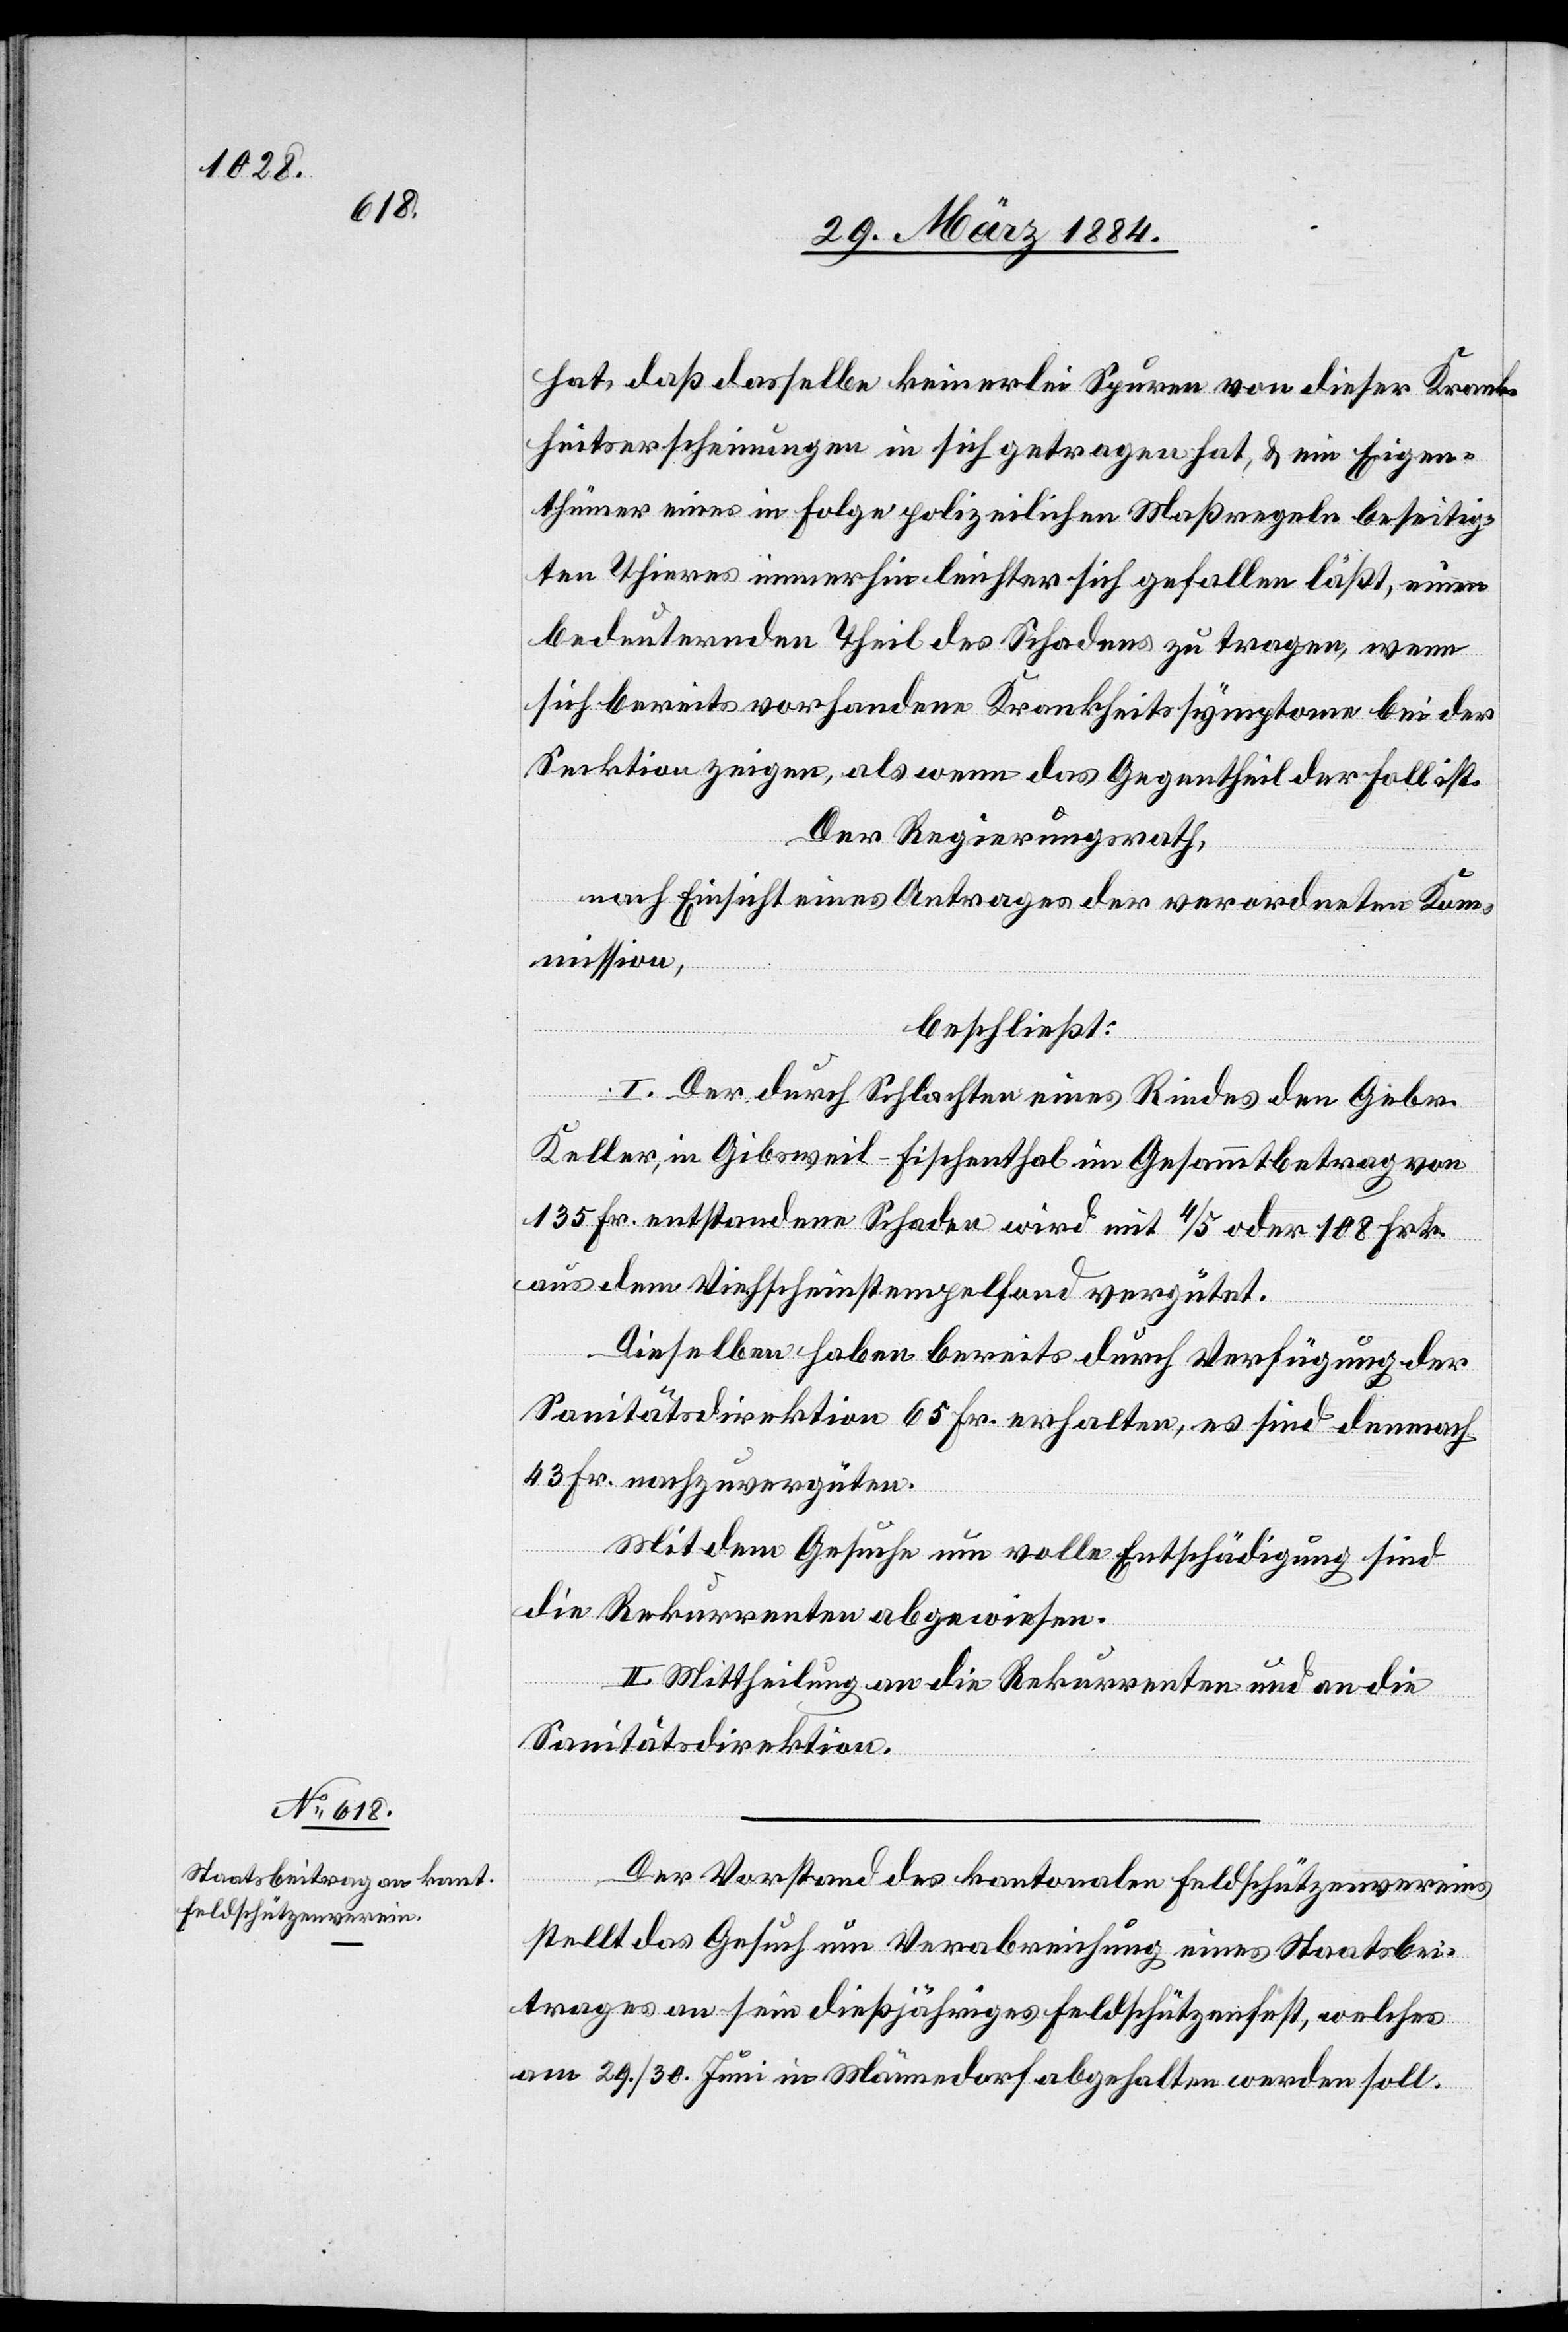
hat, daß dasselbe keinerlei Spuren von dieser Krank¬
heitserscheinung in sich getragen hat, & ein Eigen¬
thümer eines in Folge polizeilichen Maßregeln beseitig¬
ten Thieres immerhin leichter sich gefallen läßt, einen
bedeutenden Theil des Schadens zu tragen, wenn
sich bereits vorhandene Krankheitssymptome bei der
Der Regierungsrath,
nach Einsicht eines Antrages der verordneten Kom¬
mission,
beschließt:
I. Der durch Schlachten eines Rindes den Gebr.
Keller, in Gibsweil - Fischenthal im Gesammtbetrage von
135 Fr. entstandene Schaden wird mit 4/5 oder 108 Frk.
aus dem Viehscheinstempelfond vergütet.
Dieselben haben bereits durch Verfügung der
Sanitätsdirektion 65 Fr. erhalten, es sind demnach
43 Fr. nachzuvergüten.
ist.
der Fall
Mit dem Gesuche um volle Entschädigung sind
die Rekurrenten abgewiesen.
II. Mittheilung an die Rekurrenten und an die
Sanitätsdirektion.
Der Vorstand des kantonalen Feldschützenvereins
stellt das Gesuch um Verabreichung eines Staatsbei¬
trages an sein dießjähriges Feldschützenfest, welches
am 29./30. Juni in Männedorf abgehalten werden soll.